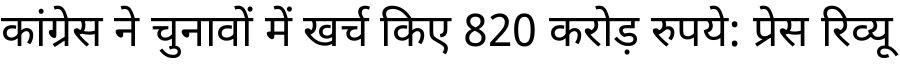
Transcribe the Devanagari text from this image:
कांग्रेस ने चुनावों में खर्च किए 820 करोड़ रुपये: प्रेस रिव्यू